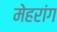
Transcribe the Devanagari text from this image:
मेहरांग